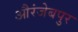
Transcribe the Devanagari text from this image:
औरंजेबपुर